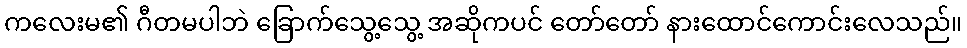
ကလေးမ၏ ဂီတမပါဘဲ ခြောက်သွေ့သွေ့ အဆိုကပင် တော်တော် နားထောင်ကောင်းလေသည်။